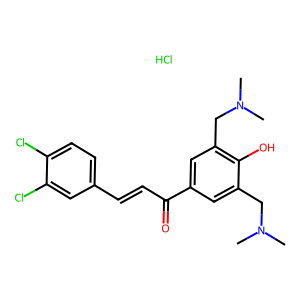
SMILES: CN(C)Cc1cc(C(=O)C=Cc2ccc(Cl)c(Cl)c2)cc(CN(C)C)c1O.Cl
Inhibits HIV replication: No